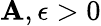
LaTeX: \mathbf{A},\epsilon>0